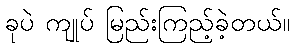
ခုပဲ ကျုပ် မြည်းကြည့်ခဲ့တယ်။